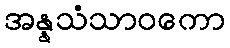
အန္နသံသာဝကော